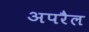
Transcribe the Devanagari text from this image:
अपरैल